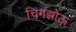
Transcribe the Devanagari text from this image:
चिंगझोऊ